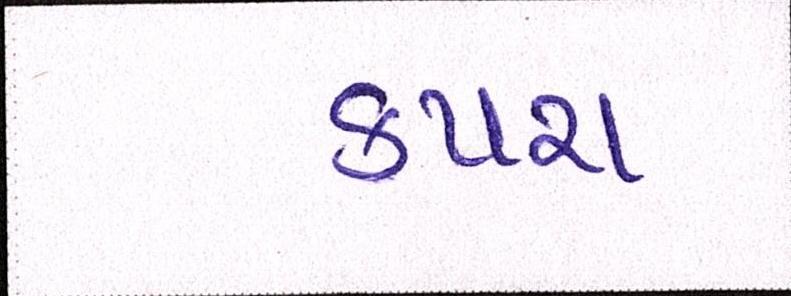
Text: કપરા